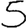
Digit: 5